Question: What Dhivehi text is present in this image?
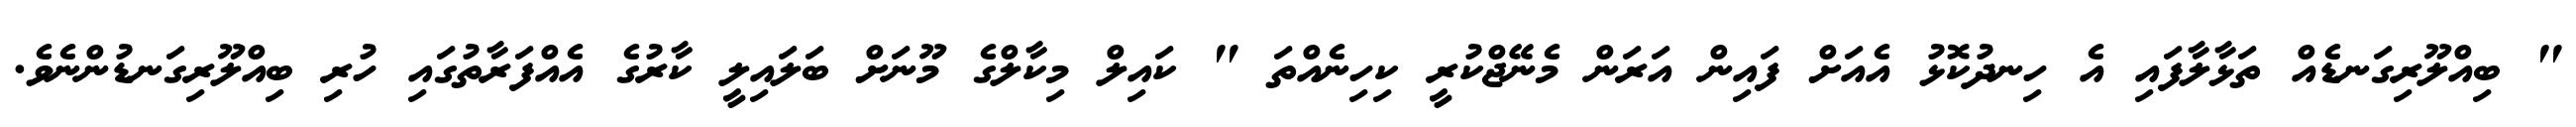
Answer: " ބިއްލޫރިގަނޑެއް ތަޅާލާފައި އެ ހިނދުކޮޅު އެއަށް ފައިން އަރަން މެނޭޖްކުރީ ކިހިނެއްތަ " ކައިލް މިކާލްގެ މޫނަށް ބަލައިލީ ކާރުގެ އެއްފަރާތުގައި ހުރި ބިއްލޫރިގަނޑުންނެވެ.